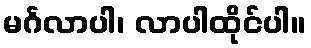
မင်္ဂလာပါ၊ လာပါထိုင်ပါ။